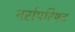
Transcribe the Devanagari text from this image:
नर्सपरिषद